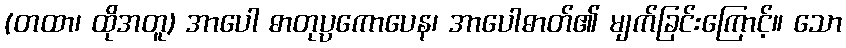
(တထာ၊ ထိုအတူ) အာပေါ ဓာတုပ္ပကောပေန၊ အာပေါဓာတ်၏ မျက်ခြင်းကြောင့်။ သော